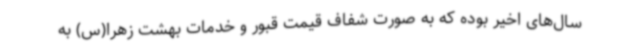
سال‌های اخیر بوده که به صورت شفاف قیمت قبور و خدمات بهشت زهرا(س) به